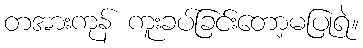
တအားကုန် ကူးခပ်ခြင်းတော့မပြုရဲ။